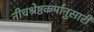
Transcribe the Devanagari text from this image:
नीचश्रेष्ठकर्मानुसारी